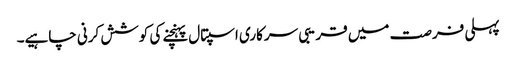
پہلی فرصت میں قریبی سرکاری اسپتال پہنچنے کی کوشش کرنی چاہیے۔